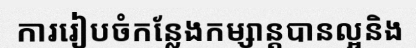
ការរៀបចំកន្លែងកម្សាន្តបានល្អនិង